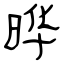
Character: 晔